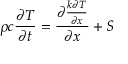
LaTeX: \rho c { \frac { \partial T } { \partial t } } = { \frac { \partial { \frac { k \partial T } { \partial x } } } { \partial x } } + S